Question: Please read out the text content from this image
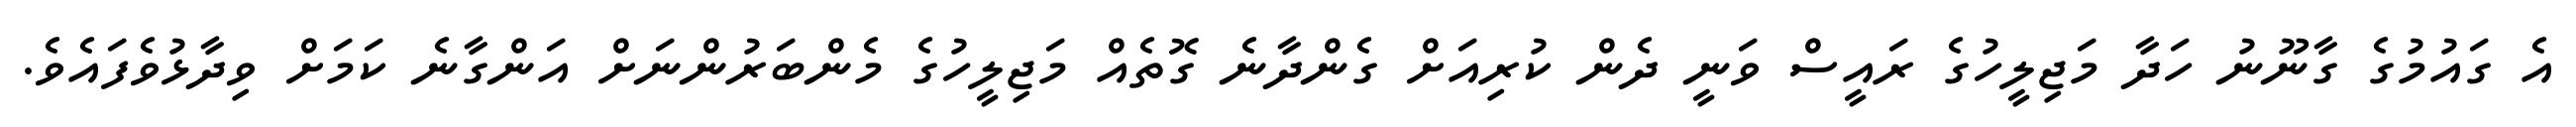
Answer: އެ ގައުމުގެ ގާނޫނު ހަދާ މަޖިލީހުގެ ރައީސް ވަނީ ދެން ކުރިއަށް ގެންދާނެ ގޮތެއް މަޖިލީހުގެ މެންބަރުންނަށް އަންގާނެ ކަމަށް ވިދާޅުވެފައެވެ.